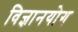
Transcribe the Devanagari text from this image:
विज्ञानयोग